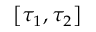
\left[ \tau _ { 1 } , \tau _ { 2 } \right]